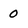
Character: 0